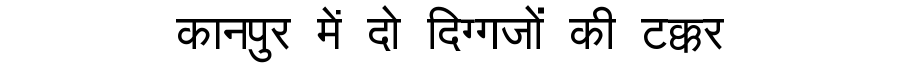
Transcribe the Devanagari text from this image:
कानपुर में दो दिग्गजों की टक्कर